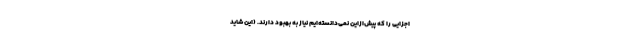
اجزایی را که پیش‌ازاین نمی‌دانسته‌ایم نیاز به بهبود دارند. (این شاید